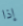
إذا